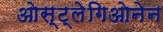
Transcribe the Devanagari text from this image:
ओस्ट्लेगिओनेन